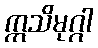
ဣသိမုဂ္ဂါ